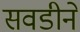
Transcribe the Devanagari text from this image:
सवडीने